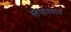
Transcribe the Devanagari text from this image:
स्तेपानवान